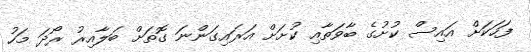
ފަހަކަށް އައިސް ކުށުގެ ބާވަތާއި ކުށަށް އަރައިގަންނަ ގޮތަށް ބަލާއިރު ރޯދަ މަހު